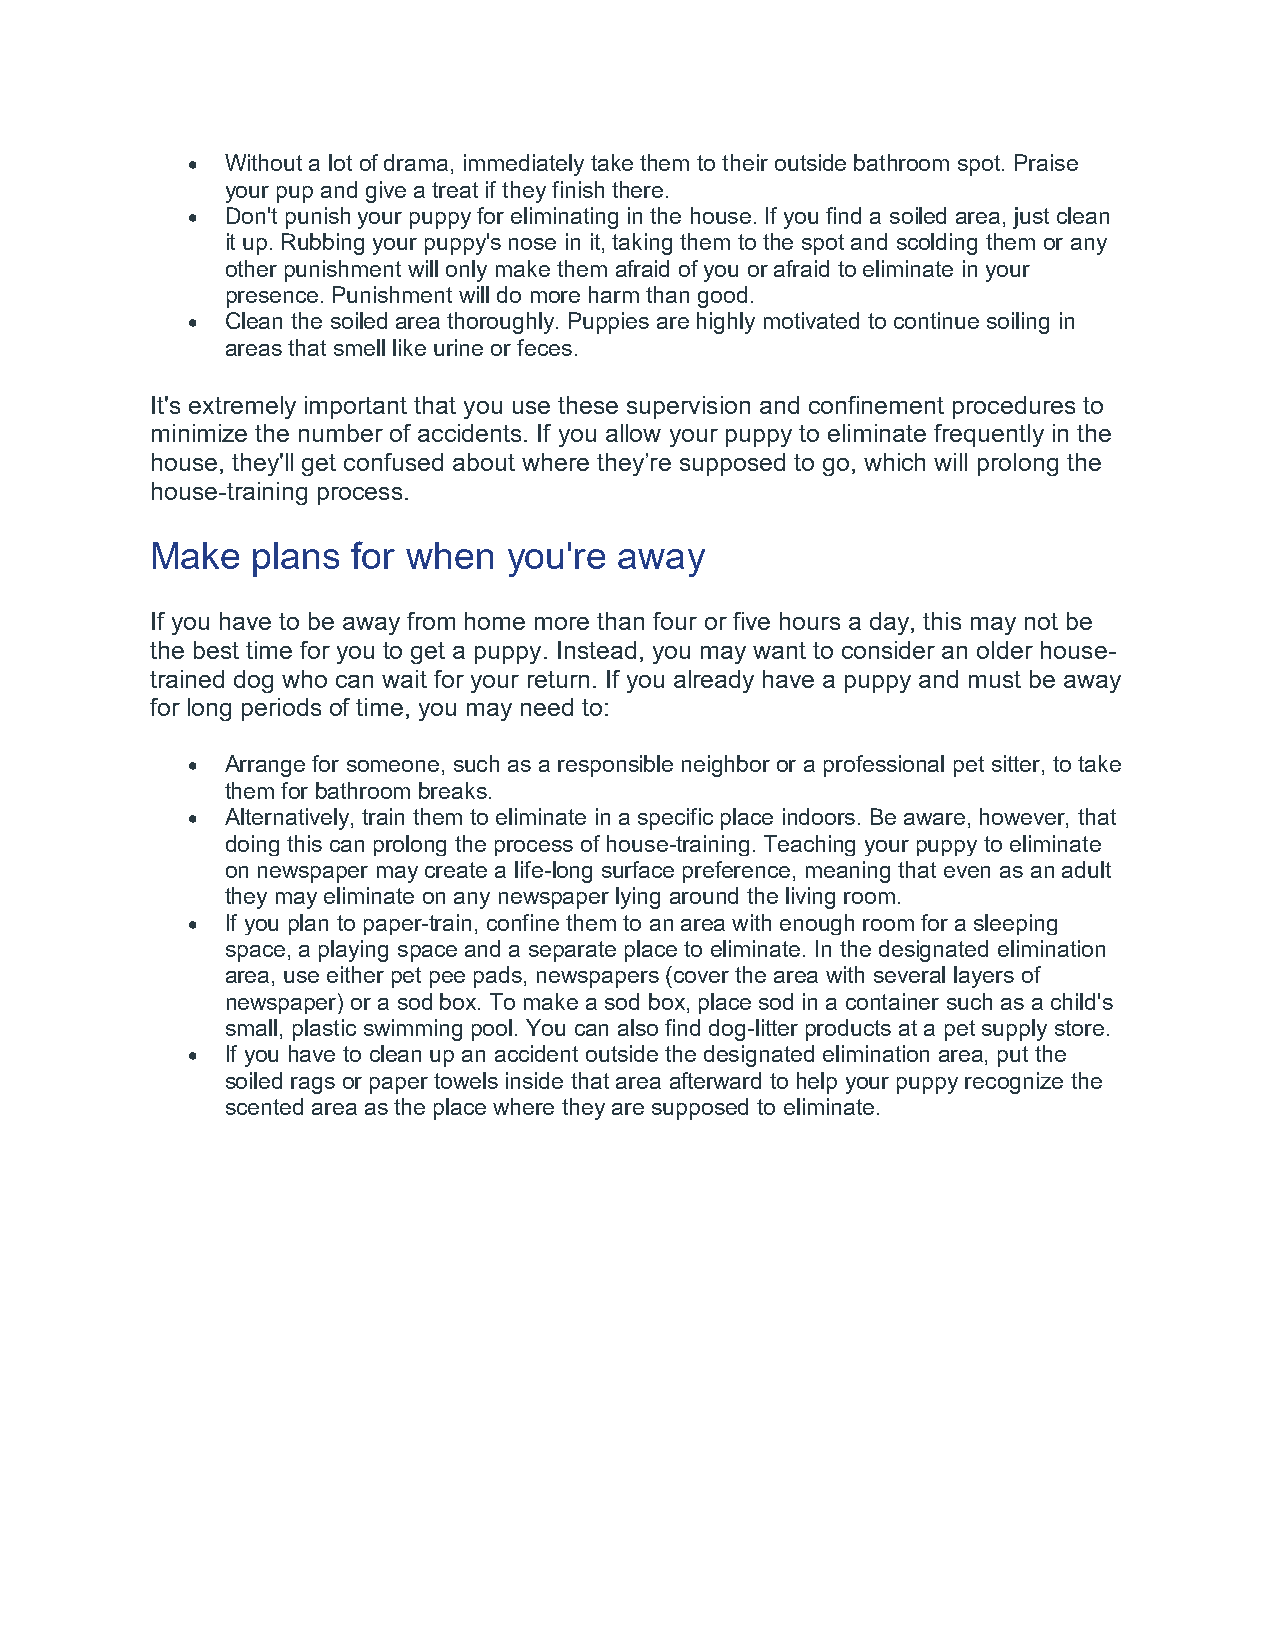
•  Without a lot of drama, immediately take them to their outside bathroom spot. Praise
 your pup and give a treat if they finish there.
 •  Don't punish your puppy for eliminating in the house. If you find a soiled area, just clean
 it up. Rubbing your puppy's nose in it, taking them to the spot and scolding them or any
 other punishment will only make them afraid of you or afraid to eliminate in your
 presence. Punishment will do more harm than good.
 •  Clean the soiled area thoroughly. Puppies are highly motivated to continue soiling in
 areas that smell like urine or feces.
 It's extremely important that you use these supervision and confinement procedures to
 minimize the number of accidents. If you allow your puppy to eliminate frequently in the
 house, they'll get confused about where they’re supposed to go, which will prolong the
 house-training process.
 Make   plans for when   you're away
 If you have to be away from home more than four or five hours a day, this may not be
 the best time for you to get a puppy. Instead, you may want to consider an older house-
 trained dog who can wait for your return. If you already have a puppy and must be away
 for long periods of time, you may need to:
 •  Arrange for someone, such as a responsible neighbor or a professional pet sitter, to take
 them for bathroom breaks.
 •  Alternatively, train them to eliminate in a specific place indoors. Be aware, however, that
 doing this can prolong the process of house-training. Teaching your puppy to eliminate
 on newspaper may create a life-long surface preference, meaning that even as an adult
 they may eliminate on any newspaper lying around the living room.
 •  If you plan to paper-train, confine them to an area with enough room for a sleeping
 space, a playing space and a separate place to eliminate. In the designated elimination
 area, use either pet pee pads, newspapers (cover the area with several layers of
 newspaper) or a sod box. To make a sod box, place sod in a container such as a child's
 small, plastic swimming pool. You can also find dog-litter products at a pet supply store.
 •  If you have to clean up an accident outside the designated elimination area, put the
 soiled rags or paper towels inside that area afterward to help your puppy recognize the
 scented area as the place where they are supposed to eliminate.